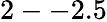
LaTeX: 2--2.5